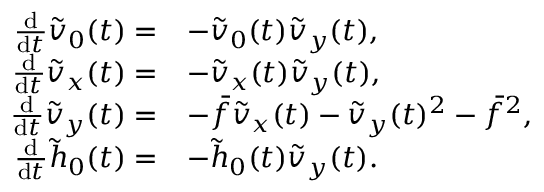
\begin{array} { r l } { \frac { \mathrm { d } } { \mathrm { d } t } \tilde { v } _ { 0 } ( t ) = } & { - \tilde { v } _ { 0 } ( t ) \tilde { v } _ { y } ( t ) , } \\ { \frac { \mathrm { d } } { \mathrm { d } t } \tilde { v } _ { x } ( t ) = } & { - \tilde { v } _ { x } ( t ) \tilde { v } _ { y } ( t ) , } \\ { \frac { \mathrm { d } } { \mathrm { d } t } \tilde { v } _ { y } ( t ) = } & { - \bar { f } \tilde { v } _ { x } ( t ) - \tilde { v } _ { y } ( t ) ^ { 2 } - \bar { f } ^ { 2 } , } \\ { \frac { \mathrm { d } } { \mathrm { d } t } \tilde { h } _ { 0 } ( t ) = } & { - \tilde { h } _ { 0 } ( t ) \tilde { v } _ { y } ( t ) . } \end{array}